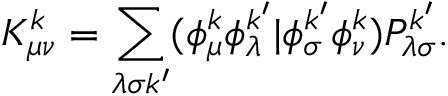
K _ { \mu \nu } ^ { k } = \sum _ { \lambda \sigma k ^ { \prime } } ( \phi _ { \mu } ^ { k } \phi _ { \lambda } ^ { k ^ { \prime } } | \phi _ { \sigma } ^ { k ^ { \prime } } \phi _ { \nu } ^ { k } ) P _ { \lambda \sigma } ^ { k ^ { \prime } } .